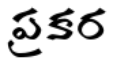
ప్రకర